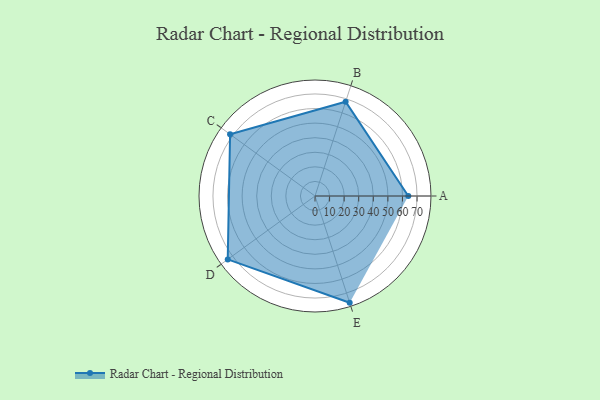
{"axis": {"x": "Skill", "y": "Score"}, "legend": ["Profile"], "data": [{"x": "A", "y": 64.0, "type": "Profile"}, {"x": "B", "y": 68.0, "type": "Profile"}, {"x": "C", "y": 72.0, "type": "Profile"}, {"x": "D", "y": 74.0, "type": "Profile"}, {"x": "E", "y": 77.0, "type": "Profile"}]}